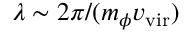
\lambda \sim 2 \pi / ( m _ { \phi } v _ { \mathrm { v i r } } )